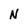
Character: N